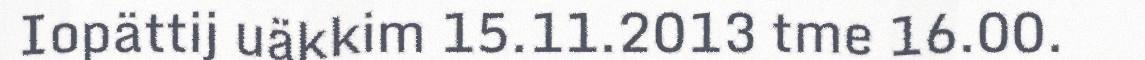
Iopättij uäkkim 15.11.2013 tme 16.00.